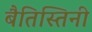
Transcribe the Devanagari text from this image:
बैतिस्तिनी